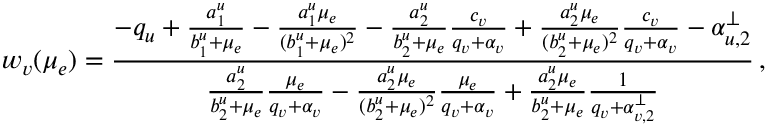
w _ { v } ( \mu _ { e } ) = \frac { - q _ { u } + \frac { a _ { 1 } ^ { u } } { b _ { 1 } ^ { u } + \mu _ { e } } - \frac { a _ { 1 } ^ { u } \mu _ { e } } { ( b _ { 1 } ^ { u } + \mu _ { e } ) ^ { 2 } } - \frac { a _ { 2 } ^ { u } } { b _ { 2 } ^ { u } + \mu _ { e } } \frac { c _ { v } } { q _ { v } + \alpha _ { v } } + \frac { a _ { 2 } ^ { u } \mu _ { e } } { ( b _ { 2 } ^ { u } + \mu _ { e } ) ^ { 2 } } \frac { c _ { v } } { q _ { v } + \alpha _ { v } } - \alpha _ { u , 2 } ^ { \perp } } { \frac { a _ { 2 } ^ { u } } { b _ { 2 } ^ { u } + \mu _ { e } } \frac { \mu _ { e } } { q _ { v } + \alpha _ { v } } - \frac { a _ { 2 } ^ { u } \mu _ { e } } { ( b _ { 2 } ^ { u } + \mu _ { e } ) ^ { 2 } } \frac { \mu _ { e } } { q _ { v } + \alpha _ { v } } + \frac { a _ { 2 } ^ { u } \mu _ { e } } { b _ { 2 } ^ { u } + \mu _ { e } } \frac { 1 } { q _ { v } + \alpha _ { v , 2 } ^ { \perp } } } \, ,